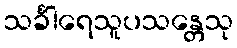
သင်္ခါရေသူပသန္တေသု